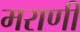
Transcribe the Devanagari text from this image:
मराणी